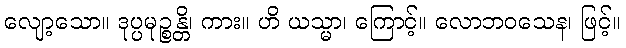
လျော့သော။ ဒုပ္ပမုဉ္စန္တိ၊ ကား။ ဟိ ယသ္မာ၊ ကြောင့်။ လောဘဝသေန၊ ဖြင့်။